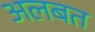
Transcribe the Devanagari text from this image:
अलबत